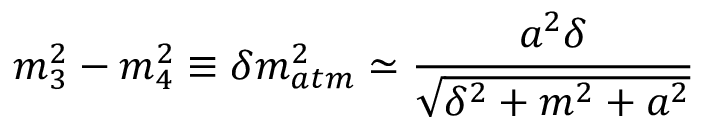
m _ { 3 } ^ { 2 } - m _ { 4 } ^ { 2 } \equiv \delta m _ { a t m } ^ { 2 } \simeq \frac { a ^ { 2 } \delta } { \sqrt { \delta ^ { 2 } + m ^ { 2 } + a ^ { 2 } } }